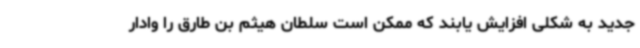
جدید به شکلی افزایش یابند که ممکن است سلطان هیثم بن طارق را وادار